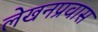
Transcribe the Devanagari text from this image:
लेखनप्रवास